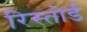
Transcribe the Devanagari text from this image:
रिस्तोर्ड